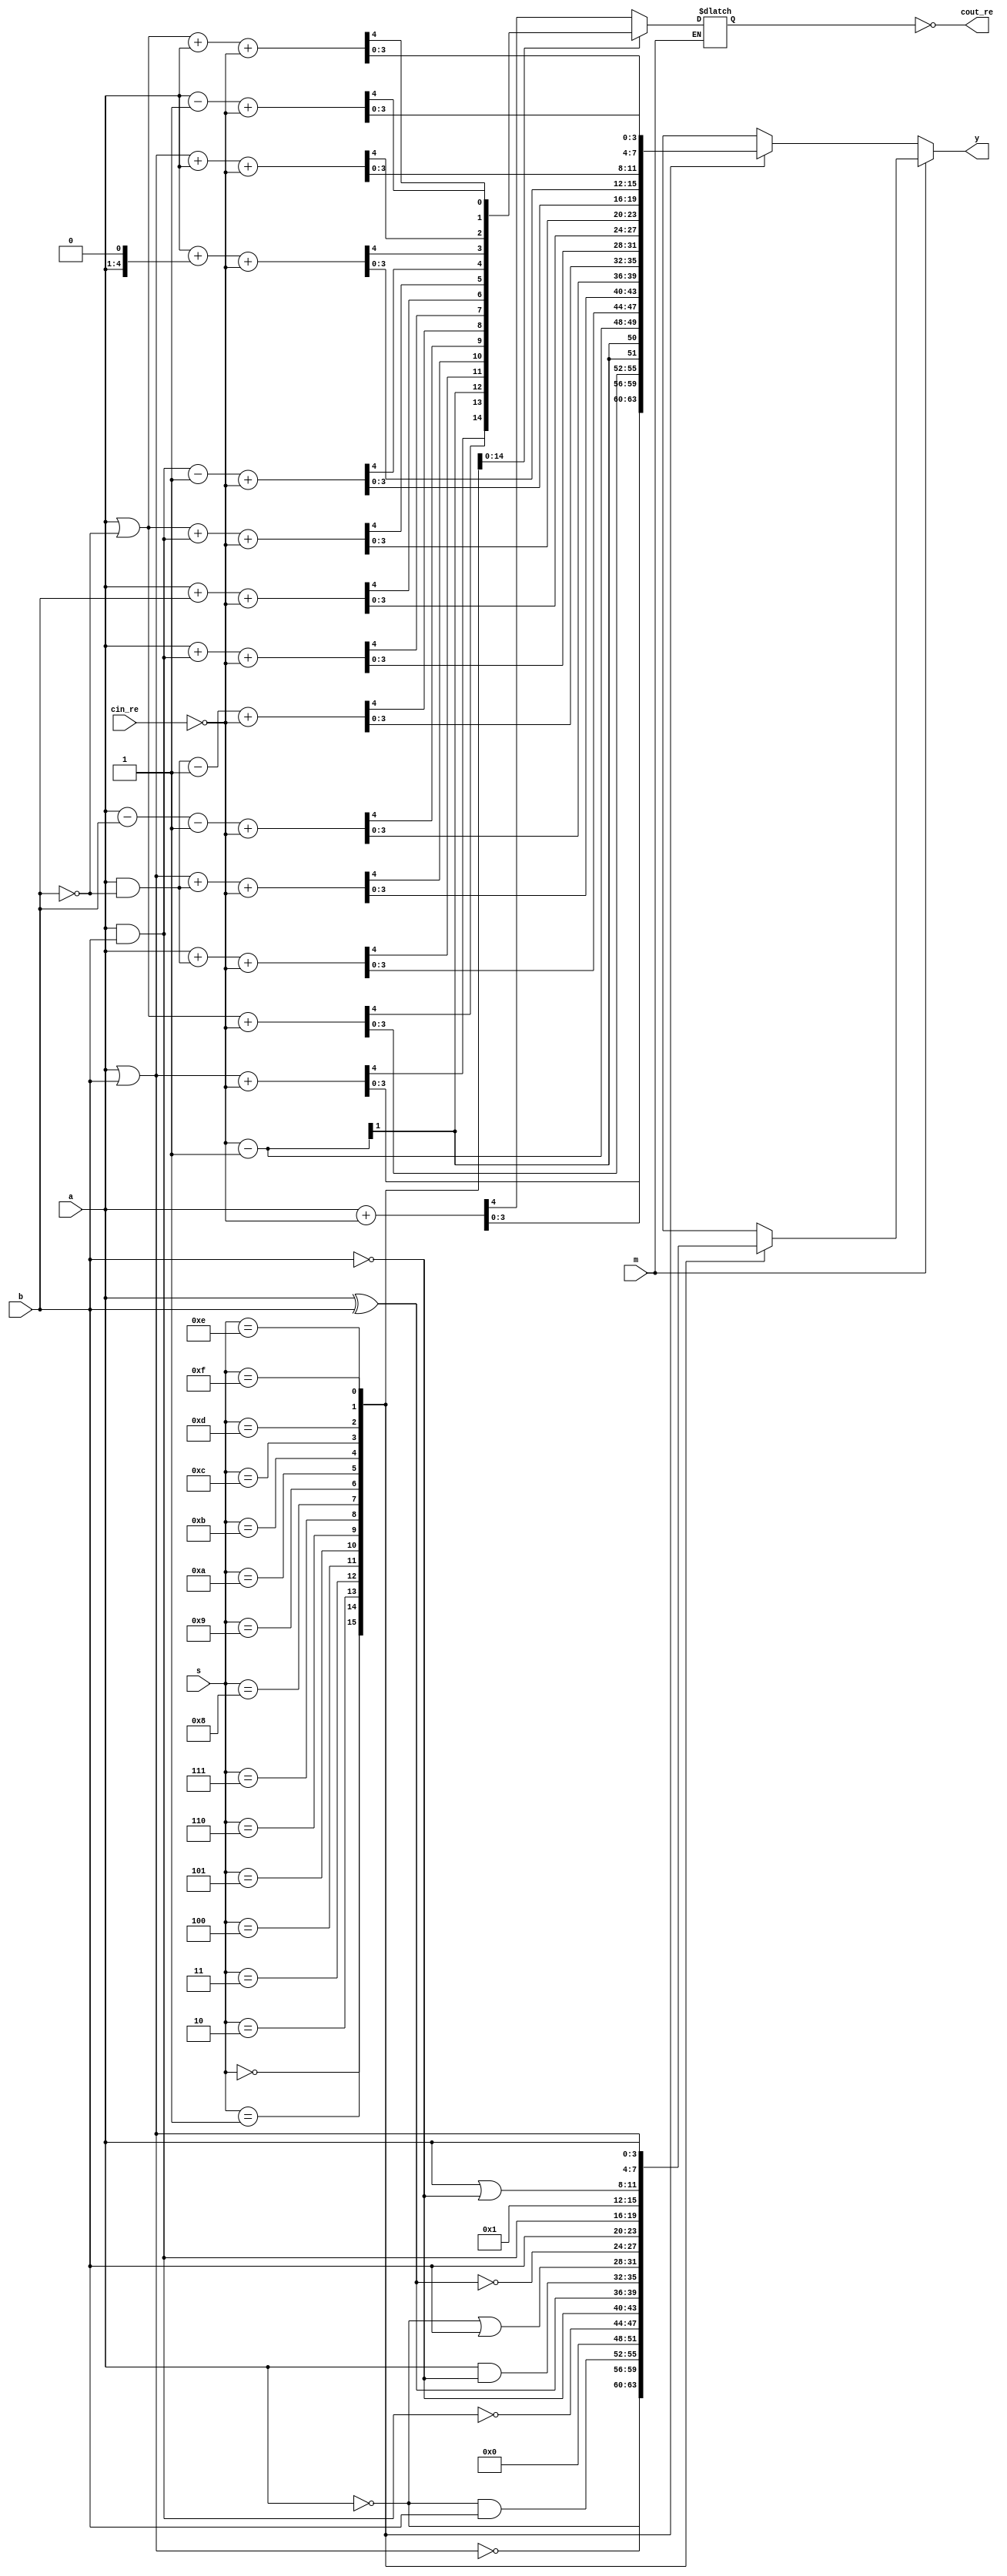
module alu_4bit(a, b, s, m, cin_re, cout_re, y);//These port names just comes from our textbook.
    input [3:0] a, b,s;
    input m, cin_re;
    output cout_re;
    output [3:0] y;
    reg [3:0] y;
    wire cin;
    reg cout;
    assign cin = ~cin_re;
    assign cout_re = ~cout;
    always @(a or b or s or m or cin_re)
      begin
      if (m == 1) //logical calculation
        begin
          case(s)
            4'h0: y <= ~a;
            4'h1: y <= ~(a|b);
            4'h2: y <= (~a)&b;
            4'h3: y <= 4'd0;
            4'h4: y <= ~(a&b);
            4'h5: y <= ~b;
            4'h6: y <= a^b;
            4'h7: y <= a&(~b);
            4'h8: y <= (~a)|b;
            4'h9: y <= ~(a^b);
            4'ha: y <= b;
            4'hb: y <= a&b;
            4'hc: y <= 1;
            4'hd: y <= a|(~b);
            4'he: y <= a|b;
            4'hf: y <= a;
          endcase
        end
      else //arithmetic calculation
        begin
          case(s)
            4'h0: {cout, y} <= a + cin;
            4'h1: {cout, y} <= (a|b) + cin;
            4'h2: {cout, y} <= (a|(~b)) + cin;
            4'h3: {cout, y} <= cin - 1;
            4'h4: {cout, y} <= a + (a&(~b)) + cin;
            4'h5: {cout, y} <= (a|b) + (a&(~b)) + cin;
            4'h6: {cout, y} <= a - b - 1 + cin;
            4'h7: {cout, y} <= (a&(~b)) - 1 + cin;
            4'h8: {cout, y} <= a + (a&b) + cin;
            4'h9: {cout, y} <= a + b + cin;
            4'ha: {cout, y} <= (a|(~b)) + (a&b) + cin;
            4'hb: {cout, y} <= (a&b) - 1 + cin;
            4'hc: {cout, y} <= a + (a<<1) + cin;
            4'hd: {cout, y} <= (a|b) + a + cin;
            4'he: {cout, y} <= (a|(~b)) + a + cin;
            4'hf: {cout, y} <= a - 1 + cin;
          endcase
        end
    end
    
endmodule